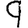
Digit: 9